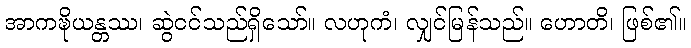
အာကဍ္ဎိယန္တဿ၊ ဆွဲငင်သည်ရှိသော်။ လဟုကံ၊ လျှင်မြန်သည်။ ဟောတိ၊ ဖြစ်၏။